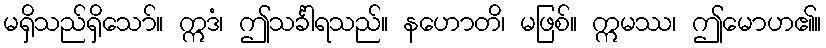
မရှိသည်ရှိသော်။ ဣဒံ၊ ဤသင်္ခါရသည်။ နဟောတိ၊ မဖြစ်။ ဣမဿ၊ ဤမောဟ၏။